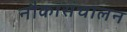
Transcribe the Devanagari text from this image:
नौकासंचालन